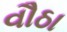
વૌઠા